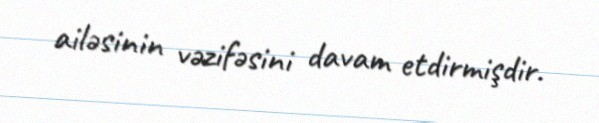
ailəsinin vəzifəsini davam etdirmişdir.